Calcutta medical institutions reports 1892-1900
Year: 1892
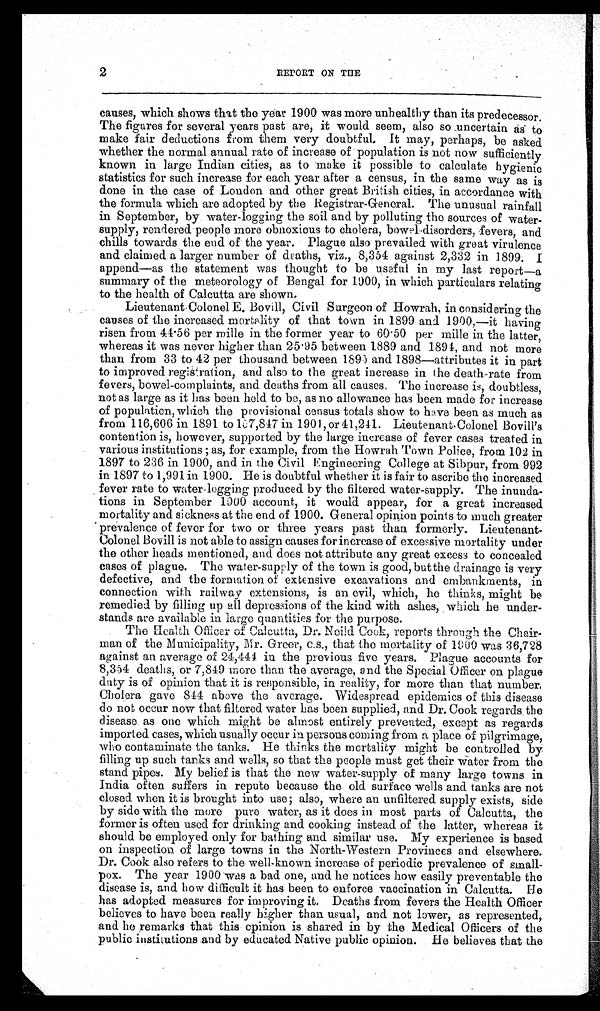
2
REPORT ON THE
causes, which shows that the year 1900 was more unhealthy than its predecessor.
The figures for several years past are, it would seem, also so uncertain as to
make fair deductions from them very doubtful. It may, perhaps, be asked
whether the normal annual rate of increase of population is not now sufficiently
known in large Indian cities, as to make it possible to calculate hygienic
statistics for such increase for each year after a census, in the same way as is
done in the case of London and other great British cities, in accordance with
the formula which are adopted by the Registrar-General. The unusual rainfall
in September, by water-logging the soil and by polluting the sources of water
-supply, rendered people more obnoxious to cholera, bowel disorders, fevers, and
chills towards the end of the year. Plague also prevailed with great virulence
and claimed a larger number of deaths, viz., 8,354 against 2,332 in 1899. I
append—as the statement was thought to be useful in my last report—a
summary of the meteorology of Bengal for 1900, in which particulars relating
to the health of Calcutta are shown.
Lieutenant Colonel E. Bovill, Civil Surgeon of Howrah, in considering the
causes of the increased mortality of that town in 1899 and 1900,—it having
risen from 44.56 per mille in the former year to 60.50 per mille in the latter,
whereas it was never higher than 25.95 between 1889 and 1894, and not more
than from 33 to 42 per thousand between 1895 and 1898—attributes it in part
to improved registration, and also to the great increase in the death-rate from
fevers, bowel-complaints, and deaths from all causes. The increase is, doubtless,
not as large as it has been held to be, as no allowance has been made for increase
of population, which the provisional census totals show to have been as much as
from 116,606 in 1891 to 157,847 in 1901, or 41,241. Lieutenant Colonel Bovill's
contention is, however, supported by the large increase of fever cases treated in
various institutions ; as, for example, from the Howrah Town Police, from 102 in
1897 to 236 in 1900, and in the Civil Engineering College at Sibpur, from 992
in 1897 to 1,991 in 1900. He is doubtful whether it is fair to ascribe the increased
fever rate to water-logging produced by the filtered water-supply. The inunda--
tions in September 1900 account, it would appear, for a great increased
mortality and sickness at the end of 1900. General opinion points to much greater
prevalence of fever for two or three years past than formerly. Lieutenant
-Colonel Bovill is not able to assign causes for increase of excessive mortality under
the other heads mentioned, and does not attribute any great excess to concealed
cases of plague. The water-supply of the town is good, but the drainage is very
defective, and the formation of extensive excavations and embankments, in
connection with railway extensions, is an evil, which, he thinks, might be
remedied by filling up ail depressions of the kind with ashes, which he under--
stands are available in large quantities for the purpose.
The Health Officer of Calcutta, Dr. Neild Cook, reports through the Chair-
man of the Municipality, Mr. Greer, c.s., that the mortality of 1900 was 36,728
against an average of 24,444 in the previous five years. Plague accounts for
8,354 deaths, or 7,849 more than the average, and the Special Officer on plague
duty is of opinion that it is responsible, in reality, for more than that number.
Cholera gave 844 above the average. Widespread epidemics of this disease
do not occur now that filtered water has been supplied, and Dr. Cook regards the
disease as one which might be almost entirely prevented, except as regards
imported cases, which usually occur in persons coming from a place of pilgrimage,
who contaminate the tanks. He thinks the mortality might be controlled by
filling up such tanks and wells, so that the people must get their water from the
stand pipes. My belief is that the new water-supply of many large towns in
India often suffers in repute because the old surface wells and tanks are not
closed when it is brought into use; also, where an unfiltered supply exists, side
by side with the more pure water, as it does in most parts of Calcutta, the
former is often used for drinking and cooking instead of the latter, whereas it
should be employed only for bathing and similar use. My experience is based
on inspection of large towns in the North-Western Provinces and elsewhere.
Dr. Cook also refers to the well-known increase of periodic prevalence of small--
pox. The year 1900 was a bad one, and he notices how easily preventable the
disease is, and how difficult it has been to enforce vaccination in Calcutta. He
has adopted measures for improving it. Deaths from fevers the Health Officer
believes to have been really higher than usual, and not lower, as represented,
and he remarks that this opinion is shared in by the Medical Officers of the
public institutions and by educated Native public opinion. He believes that the